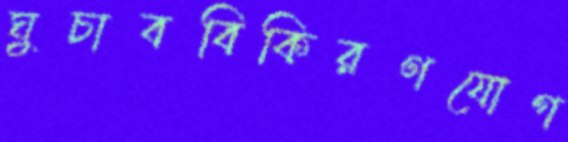
ঘুচাববিকিরণযোগ